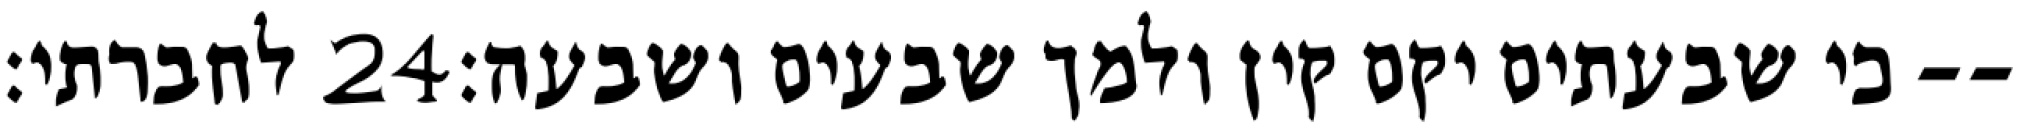
לחברתי׃ ‎24‏ כי שבעתים יקם קין ולמך שבעים ושבעה׃--